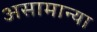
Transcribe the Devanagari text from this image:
असामान्या